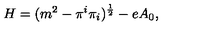
H = ( m ^ { 2 } - \pi ^ { i } \pi _ { i } ) ^ { { \frac { 1 } { 2 } } } - e A _ { 0 } ,